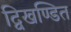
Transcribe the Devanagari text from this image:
द्विखण्डित